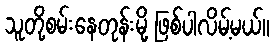
သူတို့စမ်းနေတုန်းမို့ ဖြစ်ပါလိမ့်မယ်။